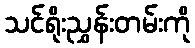
သင်ရိုးညွှန်းတမ်းကို